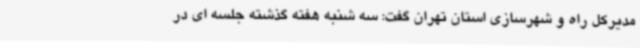
مدیرکل راه و شهرسازی استان تهران گفت: سه شنبه هفته گذشته جلسه ای در